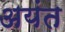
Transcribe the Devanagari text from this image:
अयंत